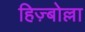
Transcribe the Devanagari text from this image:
हिज़्बोल्ला